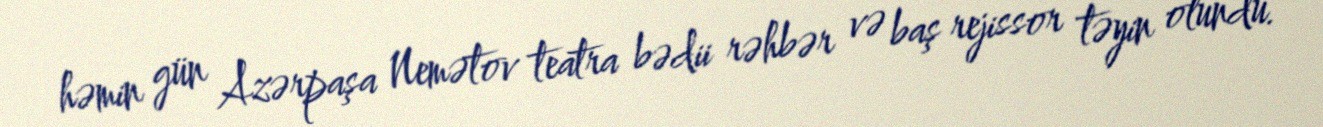
həmin gün Azərpaşa Nemətov teatra bədii rəhbər və baş rejissor təyin olundu.